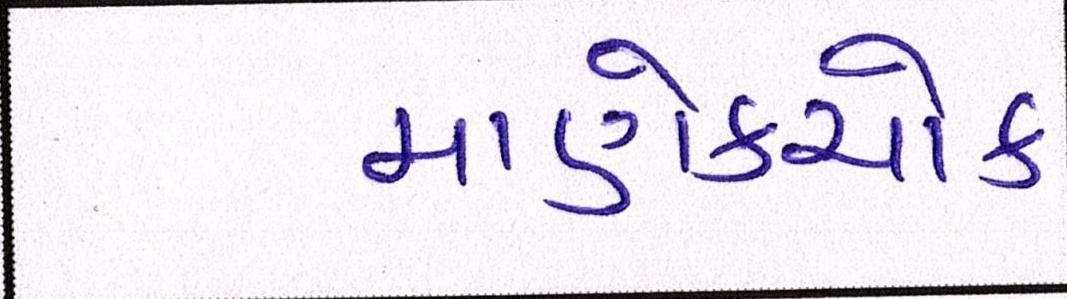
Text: માણેકચોક